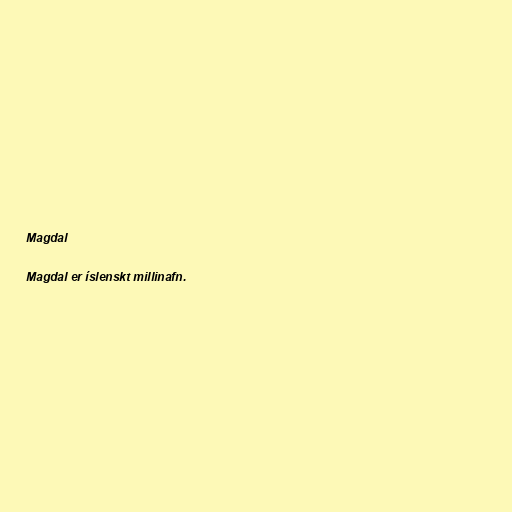
Magdal

Magdal er íslenskt millinafn.